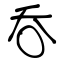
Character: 呑